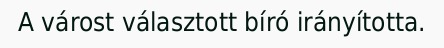
A várost választott bíró irányította.